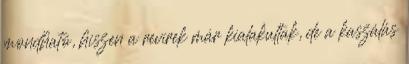
mondható, hiszen a revírek már kialakultak, de a kaszálás